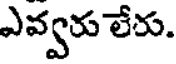
ఎవ్వరు లేరు.